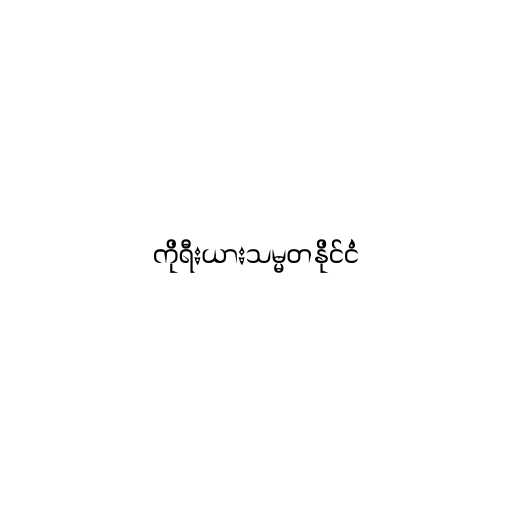
ကိုရီးယားသမ္မတနိုင်ငံ